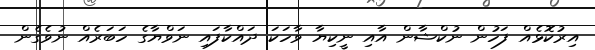
އިރުކޮޅެއް ފަހުން ނުކްޝާން އާއި ނީކިޔާ ވާހަކަ ދައްކާފައި ނަވްޔާގެ ހަބަރެއް ނުވެގެން